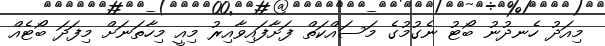
މިއަދު ހެނދުނު ބޯޓު ނެގުމުގެ މަސައްކަތް ފަށާފައިވާއިރު މިއީ މިހާތަނަށް މިފަދަ ބޯޓެއް